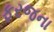
ફરજના